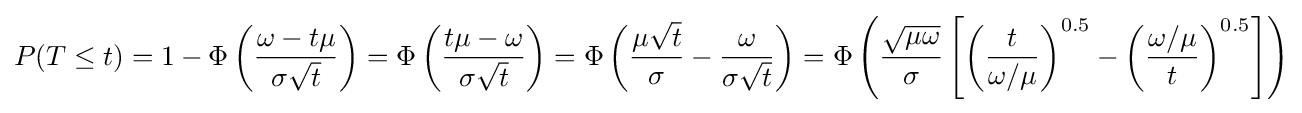
P(T\leq t)=1-\Phi \left({\frac {\omega -t\mu }{\sigma {\sqrt {t}}}}\right)=\Phi \left({\frac {t\mu -\omega }{\sigma {\sqrt {t}}}}\right)=\Phi \left({\frac {\mu {\sqrt {t}}}{\sigma }}-{\frac {\omega }{\sigma {\sqrt {t}}}}\right)=\Phi \left({\frac {\sqrt {\mu \omega }}{\sigma }}\left[\left({\frac {t}{\omega /\mu }}\right)^{0.5}-\left({\frac {\omega /\mu }{t}}\right)^{0.5}\right]\right)